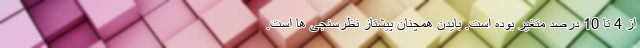
از 4 تا 10 درصد متغیر بوده است. بایدن همچنان پیشتاز نظرسنجی ها است.